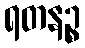
ရတနဉ္စ